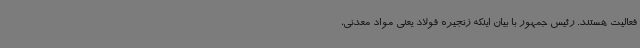
فعالیت هستند. رئیس جمهور با بیان اینکه زنجیره فولاد یعنی مواد معدنی،